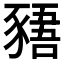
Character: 𲂡